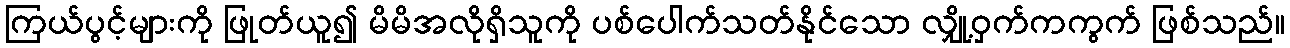
ကြယ်ပွင့်များကို ဖြုတ်ယူ၍ မိမိအလိုရှိသူကို ပစ်ပေါက်သတ်နိုင်သော လျှို့ဝှက်ကကွက် ဖြစ်သည်။